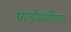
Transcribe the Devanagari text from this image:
पार्श्वसंगीतात